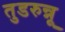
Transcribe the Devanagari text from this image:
तुडरुन्नू